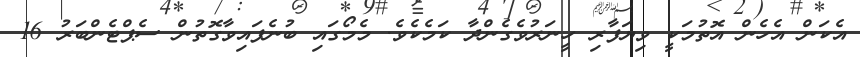
އެކަން އެހެން އޮތުމަކީ ވިޔަފާރި ހީނަރުވެގެންދާ ކަމެކެވެ. މެމޯގައި ބުނެފައިވާގޮތުން ސެޕްޓެންބަރު 16